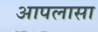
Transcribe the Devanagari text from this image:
आपलासा